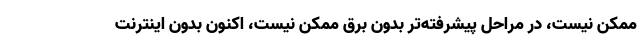
ممکن نیست، در مراحل پیشرفته‌تر بدون برق ممکن نیست، اکنون بدون اینترنت